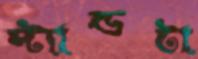
স্ট্যান্ডটা